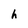
Character: h